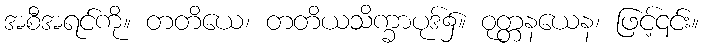
အစီအရင်ကို။ တတိယေ၊ တတိယသိက္ခာပုဒ်၌။ ဝုတ္တနယေန၊ ဖြင့်၎င်း။